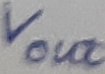
Text: Vout